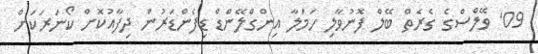
09' ވޭލްސްގެ ގެރެތް ބޭލް ފޮނުވާލި ހަމަލާ އިންގްލޭންޑް ޑިފެންޑަރުން ދިފާއުކޮށް ކޯނަރަކަށް